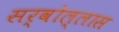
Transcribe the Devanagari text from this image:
सर्वोल्लास